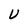
Character: U